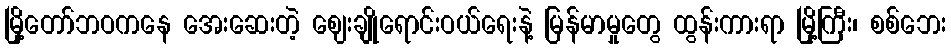
မြို့တော်ဘဝကနေ အေးဆေးတဲ့ ဈေးချိုရောင်းဝယ်ရေးနဲ့ မြန်မာမှုတွေ ထွန်းကားရာ မြို့ကြီး၊ စစ်ဘေး